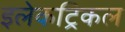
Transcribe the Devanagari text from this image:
इलेकट्रिकल